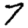
Digit: 7